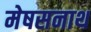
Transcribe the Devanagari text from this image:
मेषसनाथ